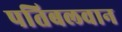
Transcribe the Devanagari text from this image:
पतिबलवान